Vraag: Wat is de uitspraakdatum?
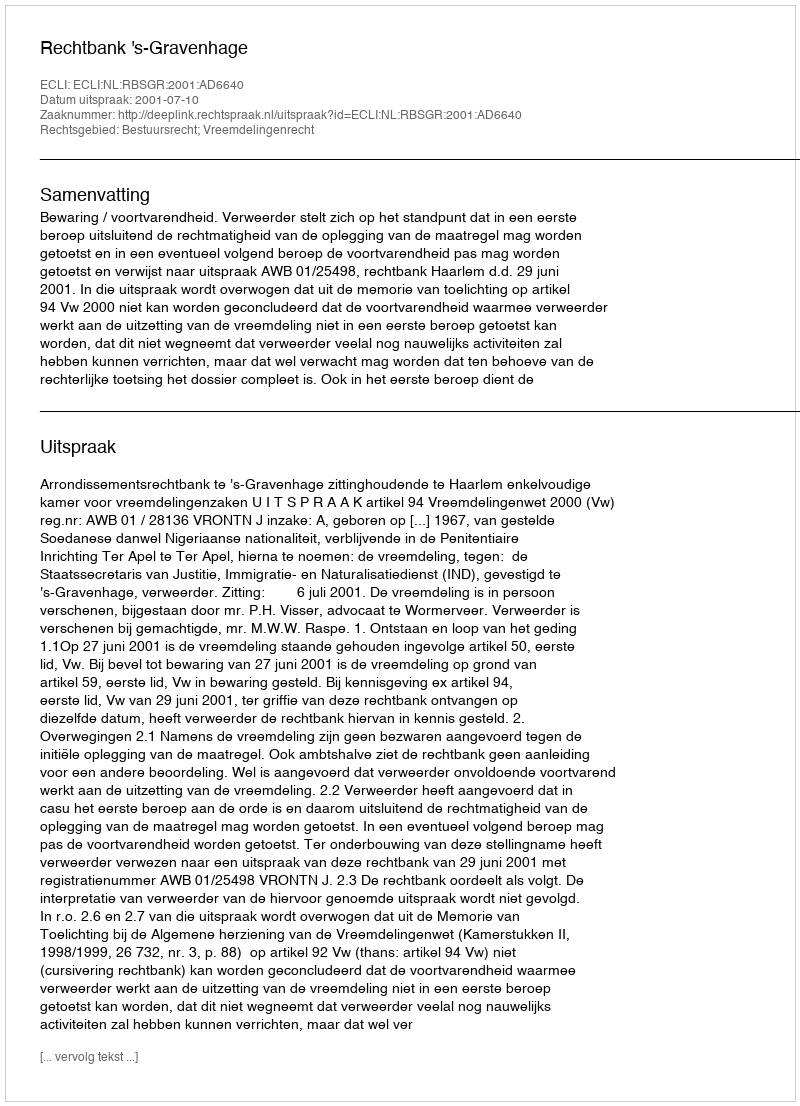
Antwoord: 2001-07-10